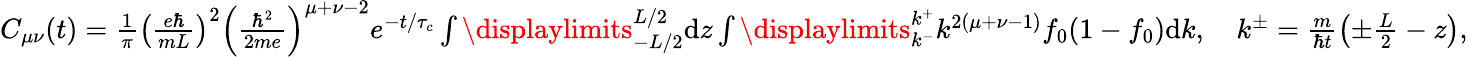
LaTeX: \begin{array}{r}{C_{\mu\nu}(t)=\frac{1}{\pi}\left(\frac{e\hbar}{mL}\right)^{2}\left(\frac{\hbar^{2}}{2me}\right)^{\mu+\nu-2}e^{-t/\tau_{c}}\int\displaylimits_{-L/2}^{L/2}\textrm{d}z\int\displaylimits_{k^{-}}^{k^{+}}k^{2(\mu+\nu-1)}f_{0}(1-f_{0})\textrm{d}k,\quad k^{\pm}=\frac{m}{\hbar t}\left(\pm\frac{L}{2}-z\right),}\end{array}